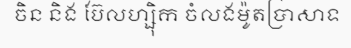
ចិន និង ប៊ែលហ្ស៊ិក ចំលងម៉ូតប្រាសាទ